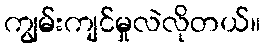
ကျွမ်းကျင်မှုလဲလိုတယ်။